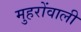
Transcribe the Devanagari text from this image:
मुहरोंवाली